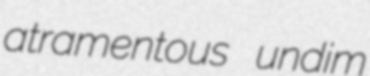
atramentous undim